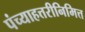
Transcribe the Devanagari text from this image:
पंच्याहत्तरीनिमित्त